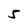
Character: 5